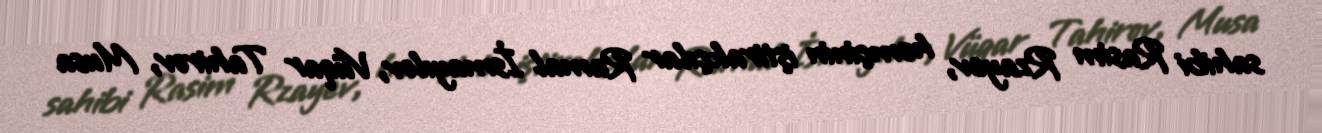
sahibi Rasim Rzayev, həmçinin iştirakçılar Ramal İsmayılov, Vüqar Tahirov, Musa